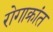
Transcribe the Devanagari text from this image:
रोगाक्रांत